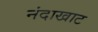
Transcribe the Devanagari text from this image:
नंदाखाट